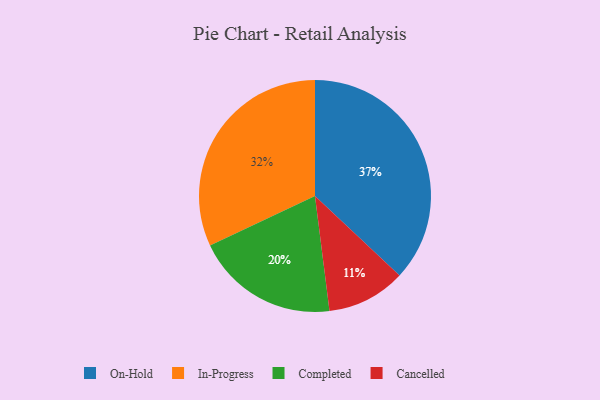
{"axis": {"x": "Category", "y": "Percentage"}, "legend": ["Cancelled", "Completed", "In-Progress", "On-Hold"], "data": [{"x": "In-Progress", "y": 32, "type": "In-Progress"}, {"x": "Cancelled", "y": 11, "type": "Cancelled"}, {"x": "Completed", "y": 20, "type": "Completed"}, {"x": "On-Hold", "y": 37, "type": "On-Hold"}]}